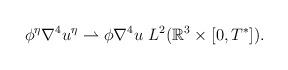
LaTeX: \begin{align*}\phi^\eta \nabla^4 u^\eta \rightharpoonup \phi\nabla^4 u & \ L^2(\mathbb{R}^3 \times [0,T^*]).\end{align*}